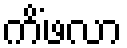
ကိံဖလာ